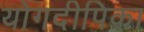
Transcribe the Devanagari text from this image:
योगदीपिका